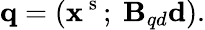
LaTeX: \textbf{q}=(\textbf{x}^{\mathrm{~s~}};~\textbf{B}_{qd}\textbf{d}).